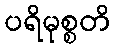
ပရိမုစ္စတိ